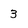
Character: 3